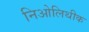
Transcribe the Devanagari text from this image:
निओलिथीक